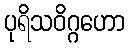
ပုရိသဝိဂ္ဂဟော